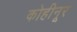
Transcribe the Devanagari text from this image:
कोहीनूर